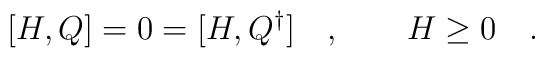
[H,Q]=0=[H,Q^{\dagger}]\quad ,\qquad H\geq 0\quad .